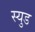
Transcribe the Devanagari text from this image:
स्युड